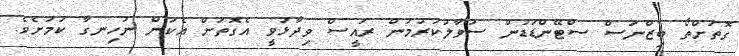
ގޮތަށްތޯ ބިޒްނަސް ސްޓޭންޑަޑުން ސުވާލުކުރުމުން ރައީސް ވިދާޅުވީ އެގޮތަށް އެކަން ނުހިނގާ ކަމަށެވެ.